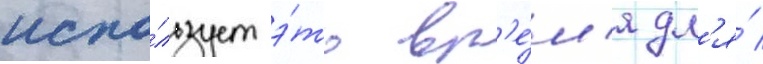
испо́льзует э́то вр'е́м'я дл'я́